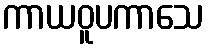
ကာယဝူပကာသေ